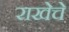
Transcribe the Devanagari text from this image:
राखेचे